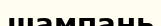
шампань